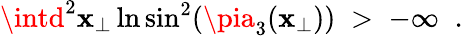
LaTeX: \intd^{2}\mathbf{x}_{\perp}\ln\sin^{2}(\pia_{3}(\mathbf{x}_{\perp}))\; >\; -\infty\; \; .